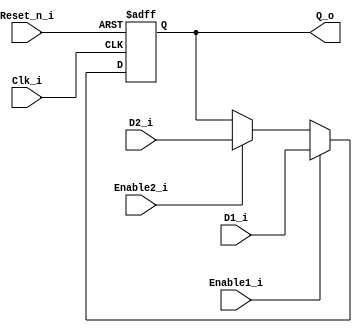
module WordRegister_Mux_Direct (
  input Reset_n_i,
  input Clk_i,
  input[15:0] D1_i,
  input[15:0] D2_i,
  output reg [15:0] Q_o,
  input Enable1_i,
  input Enable2_i
);
  always @(negedge Reset_n_i or posedge Clk_i)
  begin
    if (!Reset_n_i)
    begin
      Q_o <= 16'd0;
    end
    else
    begin
      if (Enable1_i)
      begin
        Q_o <= D1_i;
      end
      else if (Enable2_i)
      begin
        Q_o <= D2_i;
      end
    end  
  end
endmodule